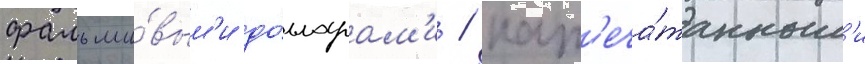
фальши́вым'и до́лларам'и / нап'еча́танным'и